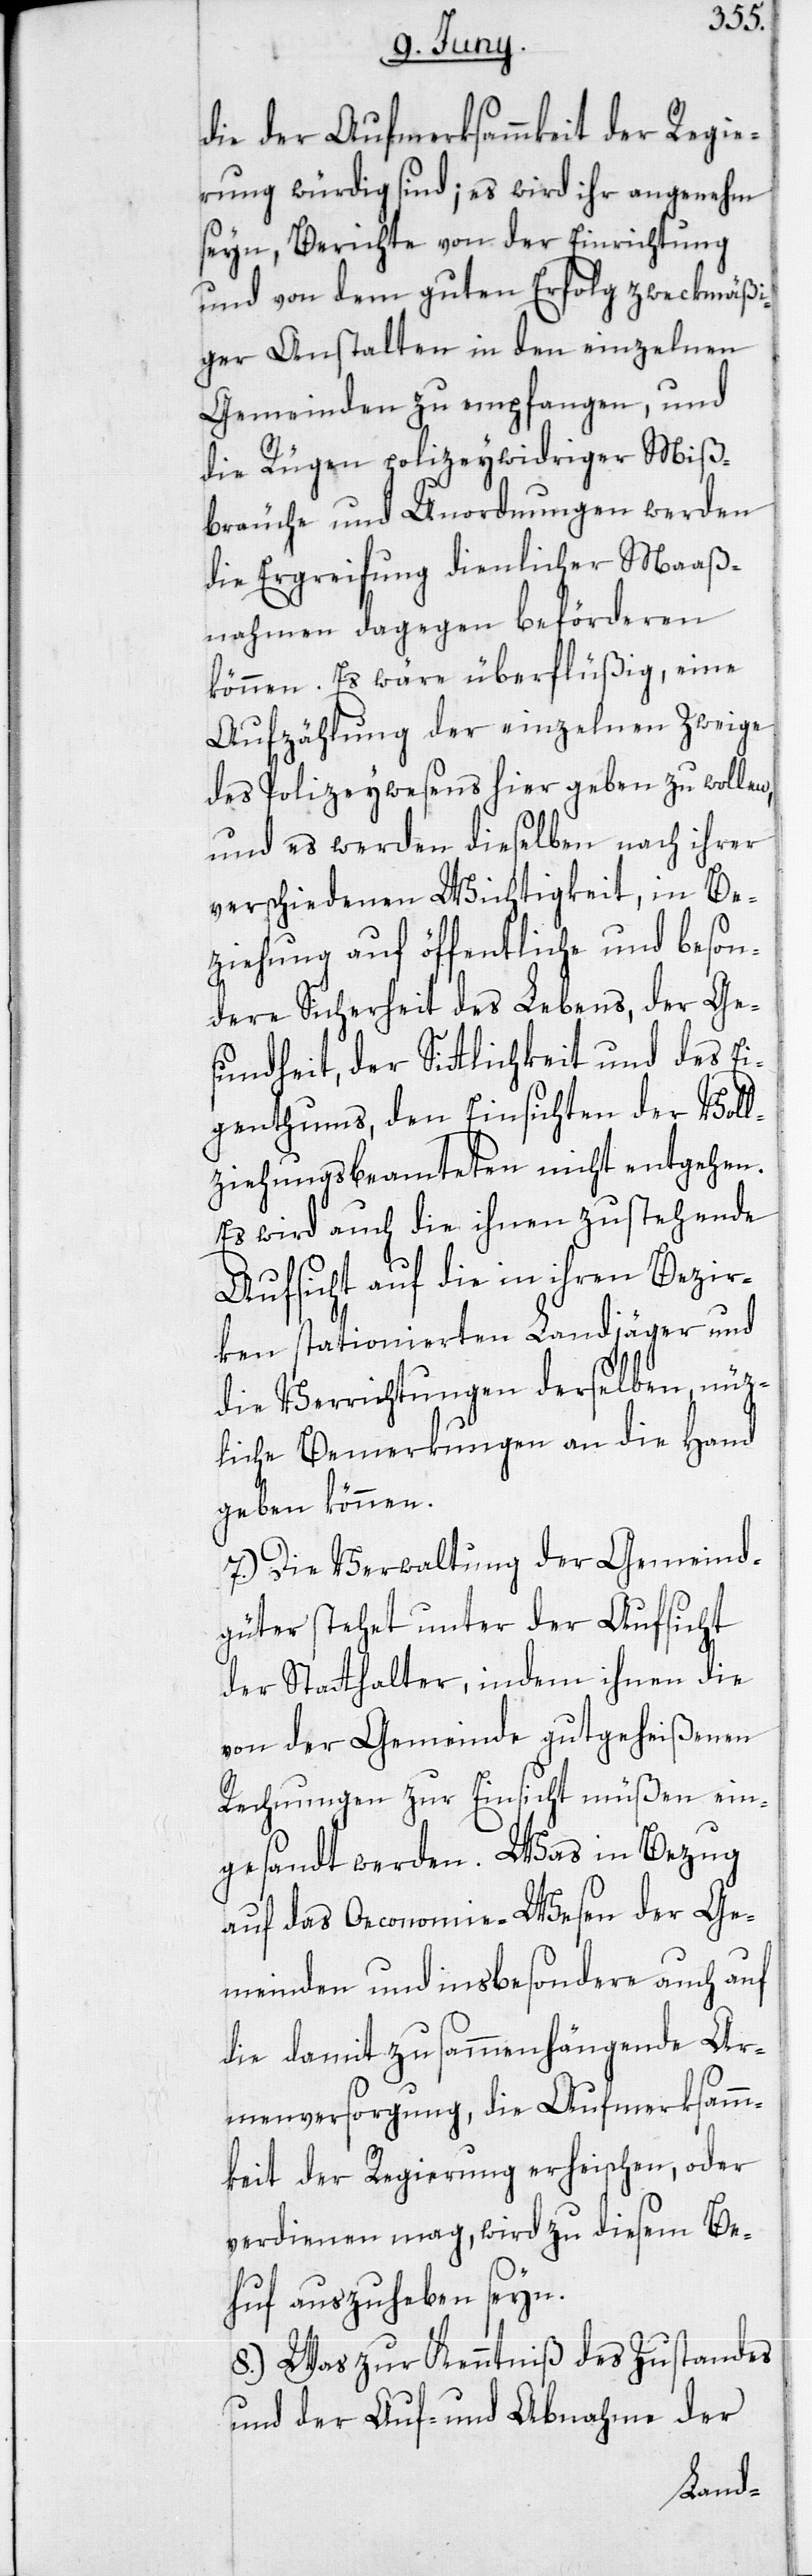
die der Aufmerksammkeit der Regie¬
rung würdig sind; es wird ihr angenehm
seyn, Berichte von der Einrichtung
und von dem guten Erfolg zweckmäßi¬
ger Anstalten in den einzelnen
Gemeinden zu empfangen, und
die Rügen polizeywidriger Miß¬
bräuche und Unordnungen werden
die Ergreifung dienlicher Maaß¬
nahmen dagegen beförderen
können. Es wäre überflüßig, eine
Aufzählung der einzelnen Zweige
des Polizeywesens hier geben zu wollen,
und es werden dieselben nach ihrer
verschiedenen Wichtigkeit, in Be¬
ziehung auf öffentliche und beson¬
dere Sicherheit des Lebens, der Ges¬
undheit, der Sittlichkeit und des Ei¬
genthums, den Einsichten der Voll¬
ziehungsbeamteten nicht entgehen.
Es wird auch die ihnen zustehende
Aufsicht auf die in ihren Bezir¬
ken stationierten Landjäger und
die Verrichtungen derselben nüz¬
liche Bemerkungen an die Hand
geben können.
7.) Die Verwaltung der Gemeind¬
güter stehet unter der Aufsicht
der Statthalter, indem ihnen die
von der Gemeinde gutgeheißenen
Rechnungen zur Einsicht müßen ein¬
gesandt werden. Was in Bezug
auf das Oeconomie-Wesen der Ge¬
meinden und insbesondere auch auf
die damit zusammenhängende Ar¬
menversorgung, die Aufmerksamm¬
keit der Regierung erheischen, oder
verdienen mag, wird zu diesem Be¬
huf auszuheben seyn.
8.) Was zur Kenntniß des Zustandes
und der Auf- und Abnahme der